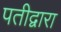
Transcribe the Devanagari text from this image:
पतीद्वारा